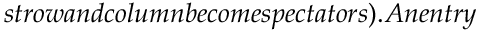
s t r o w a n d c o l u m n b e c o m e s p e c t a t o r s ) . A n e n t r y